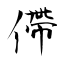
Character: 僀